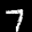
Label: 7